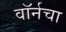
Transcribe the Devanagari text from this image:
वॉर्नचा